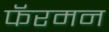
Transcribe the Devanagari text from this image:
फॅरमन